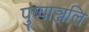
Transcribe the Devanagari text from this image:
पुष्पाञ्जलि